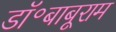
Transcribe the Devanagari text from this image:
डॉ॰बाबूराम